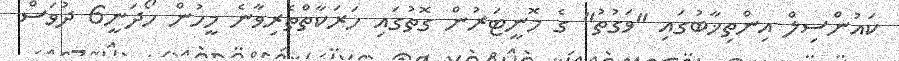
ކައުންސިލް އިންތިޚާބުގައި "ވަގުތު" ގެ މޮނީޓަރުން ގޮތުގައި ހަރަކާތްތެރިވާނެ މީހުން ހޯދަނީ6 ދުވަސް